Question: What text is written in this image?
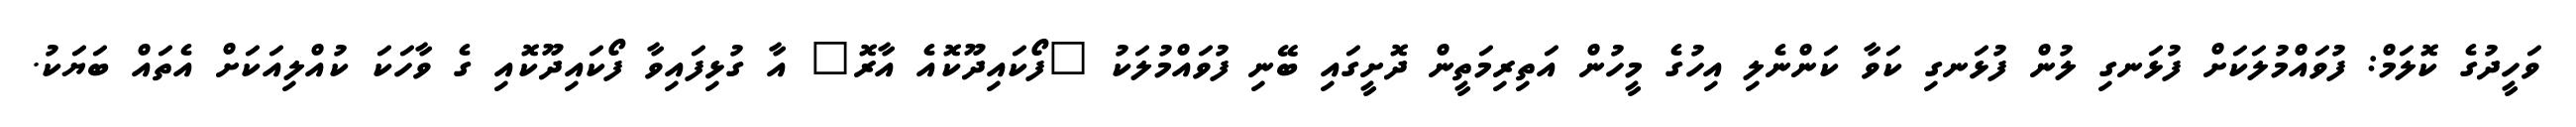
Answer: ވަހީދުގެ ކޮލަމް: ފުވައްމުލަކަށް ފުޅަނގި ލުން ފުޅަނގި ކަވާ ކަންނެލި އިހުގެ މީހުން އަތިރިމަތީން ދޮށީގައި ބޭނި ފުވައްމުލަކު "ފޯކައިދޫކޮއެ އާރޮ" އާ ގުޅިފައިވާ ފޯކައިދޫކޮއި ގެ ވާހަކަ ކުއްލިއަކަށް އެތައް ބަޔަކު.